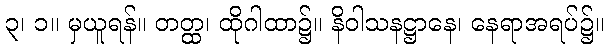
၃၊ ၁။ မှယူရန်။ တတ္ထ၊ ထိုဂါထာ၌။ နိဝါသနဋ္ဌာနေ၊ နေရာအရပ်၌။